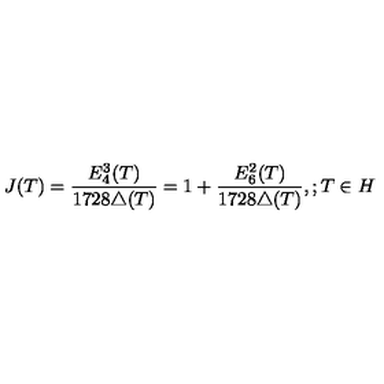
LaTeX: J ( T ) = \frac { E _ { 4 } ^ { 3 } ( T ) } { 1 7 2 8 \triangle ( T ) } = 1 + \frac { E _ { 6 } ^ { 2 } ( T ) } { 1 7 2 8 \triangle ( T ) } , ; T \in H